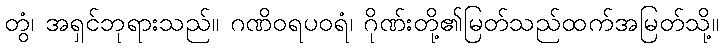
တွံ၊ အရှင်ဘုရားသည်။ ဂဏိဝရပဝရံ၊ ဂိုဏ်းတို့၏မြတ်သည်ထက်အမြတ်သို့။